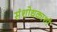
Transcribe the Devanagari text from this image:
संशोधकाशी